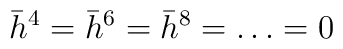
\bar h^4=\bar h^6=\bar h^8= \ldots     =  0